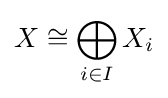
X\cong \bigoplus _{i\in I}X_{i}